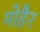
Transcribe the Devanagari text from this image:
मोहैर